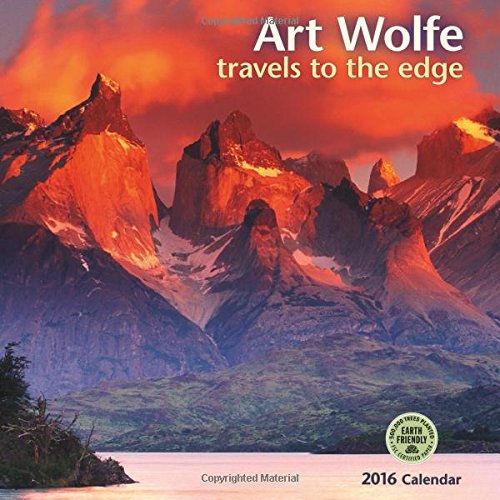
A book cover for Art Wolfe 2016 Wall Calendar: Travels to the Edge; Art Wolfe; Calendars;